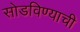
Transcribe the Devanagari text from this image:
सोडविण्याची